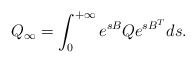
\begin{align*}Q_{\infty}=\int_0^{+\infty}e^{sB}Qe^{sB^T}ds.\end{align*}